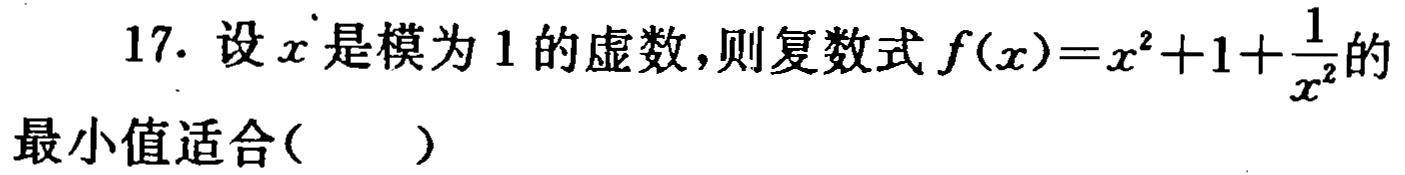
17. 设\(x\)是模为\(1\)的虚数，则复数式\(f(x)=x^{2}+1+\frac{1}{x^{2}}\)的最小值适合( )